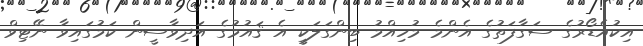
އިކުއެޑޯރުގެ ސަގާފަތުގެ އެންމެ މުހިއްމު ބިންގަލަކީ އެ ޤައުމުގެ އަދިވާސީން ކަމުގައިވާ ނޭޓިވް